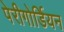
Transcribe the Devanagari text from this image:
पेरीगोर्डियन